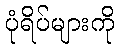
ပုံရိပ်များကို